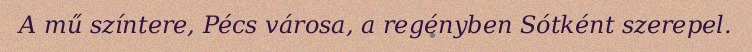
A mű színtere, Pécs városa, a regényben Sótként szerepel.